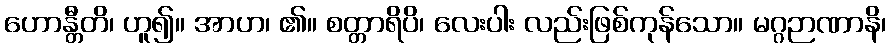
ဟောန္တီတိ၊ ဟူ၍။ အာဟ၊ ၏။ စတ္တာရိပိ၊ လေးပါး လည်းဖြစ်ကုန်သော။ မဂ္ဂဉာဏာနိ၊